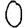
Digit: 0